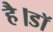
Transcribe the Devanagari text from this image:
है।डॉ